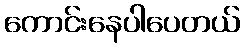
ကောင်းနေပါပေတယ်